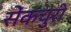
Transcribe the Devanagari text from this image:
सेंकचुरी